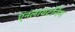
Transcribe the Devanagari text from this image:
एनलायटनिंग